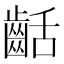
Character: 𪗽